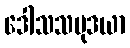
ဒေါသသမုဒယာ